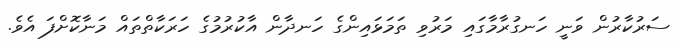
ސަރުކާރުން ވަނީ ހަނގުރާމާގައި މަރުވި ތަމަޅައިންގެ ހަނދާން އާކުރުމުގެ ހަރަކާތްތައް މަނާކޮށްފަ އެވެ.